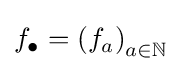
f_{\bullet }=\left(f_{a}\right)_{a\in \mathbb {N} }